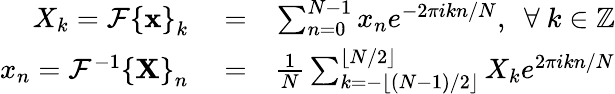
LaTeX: \begin{array}{rlr}{X_{k}=\mathcal{F}\left\{ \mathbf{x}\right\} _{k}}&{{}=}&{\sum_{n=0}^{N-1}x_{n}e^{-2\pi ikn/N},\, \, \, \forall~k\in\mathbb{Z}}\\ {x_{n}=\mathcal{F}^{-1}\left\{ \mathbf{X}\right\} _{n}}&{{}=}&{\frac{1}{N}\sum_{k=-\lfloor(N-1)/2\rfloor}^{\lfloor N/2\rfloor}X_{k}e^{2\pi ikn/N}}\end{array}